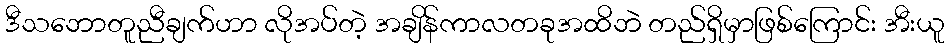
ဒီသဘောတူညီချက်ဟာ လိုအပ်တဲ့ အချိန်ကာလတခုအထိဘဲ တည်ရှိမှာဖြစ်ကြောင်း အီးယူ